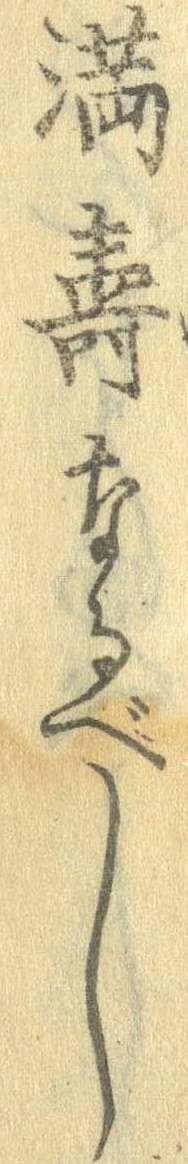
満寿なるべし